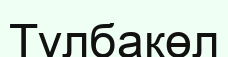
Тұлбакөл